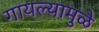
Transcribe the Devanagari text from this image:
गायल्यामुळे